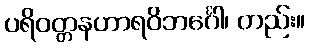
ပရိဝတ္တနဟာရဝိဘင်္ဂေါ၊ တည်း။